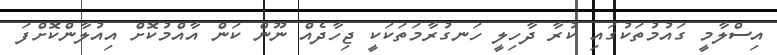
އިސްލާމީ ގައުމުތަކުގައި ކުރާ ދާހިލީ ހަނގުރާމަތަކަކީ ޖިހާދެއް ނޫން ކަން އާއްމުކޮށް އިއުލާންކޮށްފަ